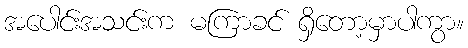
အပေါင်းအသင်းက မကြာခင် ရှိတော့မှာပါကွာ။